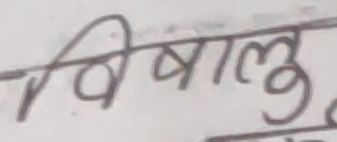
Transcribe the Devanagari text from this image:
विश्भालु